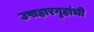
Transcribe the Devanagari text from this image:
उपाहारगृहांची